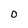
Character: O